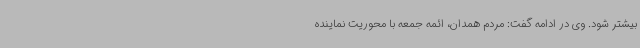
بیشتر شود. وی در ادامه گفت: مردم همدان، ائمه جمعه با محوریت نماینده